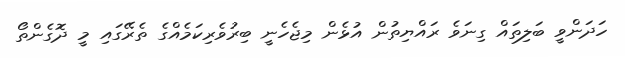
ހަދަންވީ ބަލިތައް ގިނަވެ ރައްޔިތުން އުޅެން މިޖެހެނީ ބިރުވެރިކަމެއްގެ ތެރޭގައި މީ ދޮގެންތޯ